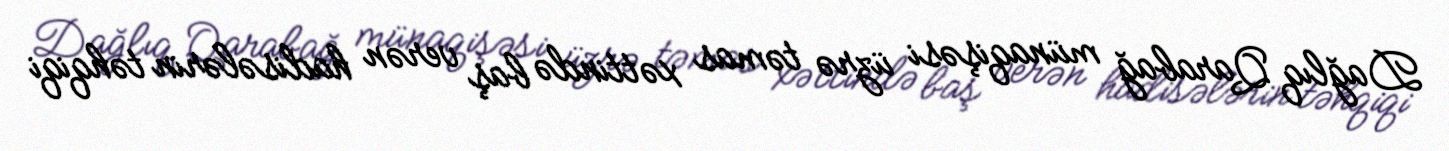
Dağlıq Qarabağ münaqişəsi üzrə təmas xəttində baş verən hadisələrin təhqiqi